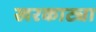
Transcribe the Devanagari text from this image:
खरकाट्या